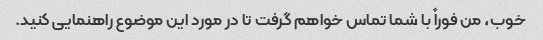
خوب، من فوراً با شما تماس خواهم گرفت تا در مورد این موضوع راهنمایی کنید.